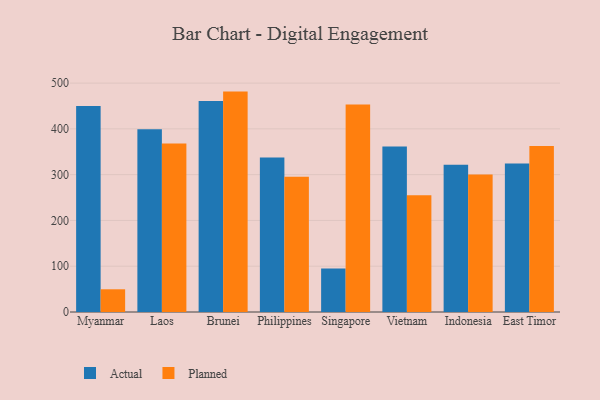
{"axis": {"x": "Country", "y": "Bounce Rate (%)"}, "legend": ["Actual", "Planned"], "data": [{"x": "Myanmar", "y": 450.1, "type": "Actual"}, {"x": "Myanmar", "y": 49.6, "type": "Planned"}, {"x": "Laos", "y": 399.4, "type": "Actual"}, {"x": "Laos", "y": 367.9, "type": "Planned"}, {"x": "Brunei", "y": 460.9, "type": "Actual"}, {"x": "Brunei", "y": 481.4, "type": "Planned"}, {"x": "Philippines", "y": 337.6, "type": "Actual"}, {"x": "Philippines", "y": 295.3, "type": "Planned"}, {"x": "Singapore", "y": 95.2, "type": "Actual"}, {"x": "Singapore", "y": 453.4, "type": "Planned"}, {"x": "Vietnam", "y": 361.4, "type": "Actual"}, {"x": "Vietnam", "y": 255.0, "type": "Planned"}, {"x": "Indonesia", "y": 321.8, "type": "Actual"}, {"x": "Indonesia", "y": 300.2, "type": "Planned"}, {"x": "East Timor", "y": 324.2, "type": "Actual"}, {"x": "East Timor", "y": 362.6, "type": "Planned"}]}